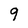
Character: 9